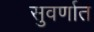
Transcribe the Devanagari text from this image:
सुवर्णात